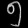
Digit: ၅